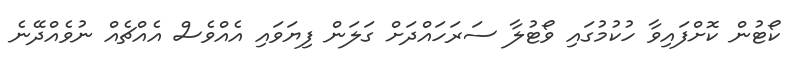
ކޯޓުން ކޮށްފައިވާ ހުކުމުގައި ވޯޓުލާ ސަރަހައްދަށް ގަލަން ފިޔަވައި އެއްވެސް އެއްޗެއް ނުވެއްދޭނެ